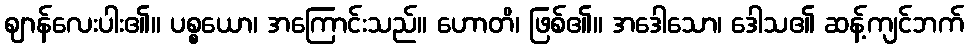
ဈာန်လေးပါး၏။ ပစ္စယော၊ အကြောင်းသည်။ ဟောတိ၊ ဖြစ်၏။ အဒေါသော၊ ဒေါသ၏ ဆန့်ကျင်ဘက်